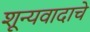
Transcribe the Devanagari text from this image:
शून्यवादाचे